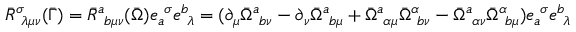
\bar { R } _ { ~ \lambda \mu \nu } ^ { \sigma } ( \bar { \Gamma } ) = \bar { R } _ { ~ b \mu \nu } ^ { a } ( \bar { \Omega } ) e _ { a } ^ { ~ \sigma } e _ { ~ \lambda } ^ { b } = ( \partial _ { \mu } \bar { \Omega } _ { ~ b \nu } ^ { a } - \partial _ { \nu } \bar { \Omega } _ { ~ b \mu } ^ { a } + \bar { \Omega } _ { ~ \alpha \mu } ^ { a } \bar { \Omega } _ { ~ b \nu } ^ { \alpha } - \bar { \Omega } _ { ~ \alpha \nu } ^ { a } \bar { \Omega } _ { ~ b \mu } ^ { \alpha } ) e _ { a } ^ { ~ \sigma } e _ { ~ \lambda } ^ { b }